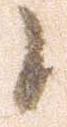
候